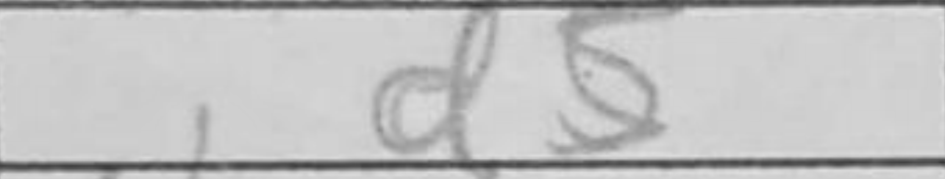
Transcription: d5